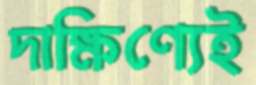
দাক্ষিণ্যেই